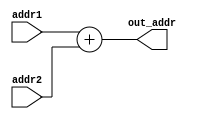
module Branch_address_adder(addr1,addr2,out_addr);
    input [31:0] addr1,addr2;
    output [31:0] out_addr;
    assign out_addr = addr1+addr2;
endmodule